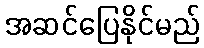
အဆင်ပြေနိုင်မည်